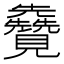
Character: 𫌦